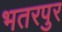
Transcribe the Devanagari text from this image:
भतरपुर